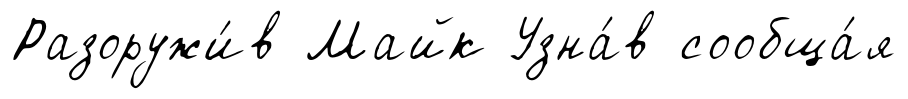
Разоружи́в Майк Узна́в сообща́я